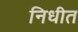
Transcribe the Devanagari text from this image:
निधीत